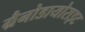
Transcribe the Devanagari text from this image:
ग्रैनोडायोराइट